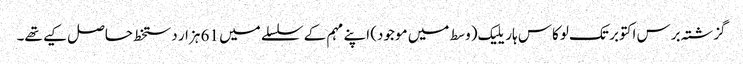
گزشتہ برس اکتوبر تک لوکاس ہاریلیک (وسط میں موجود) اپنے مہم کے سلسلے میں 61 ہزار دستخط حاصل کیے تھے۔